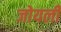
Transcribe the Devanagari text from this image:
जोयली